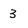
Character: 3